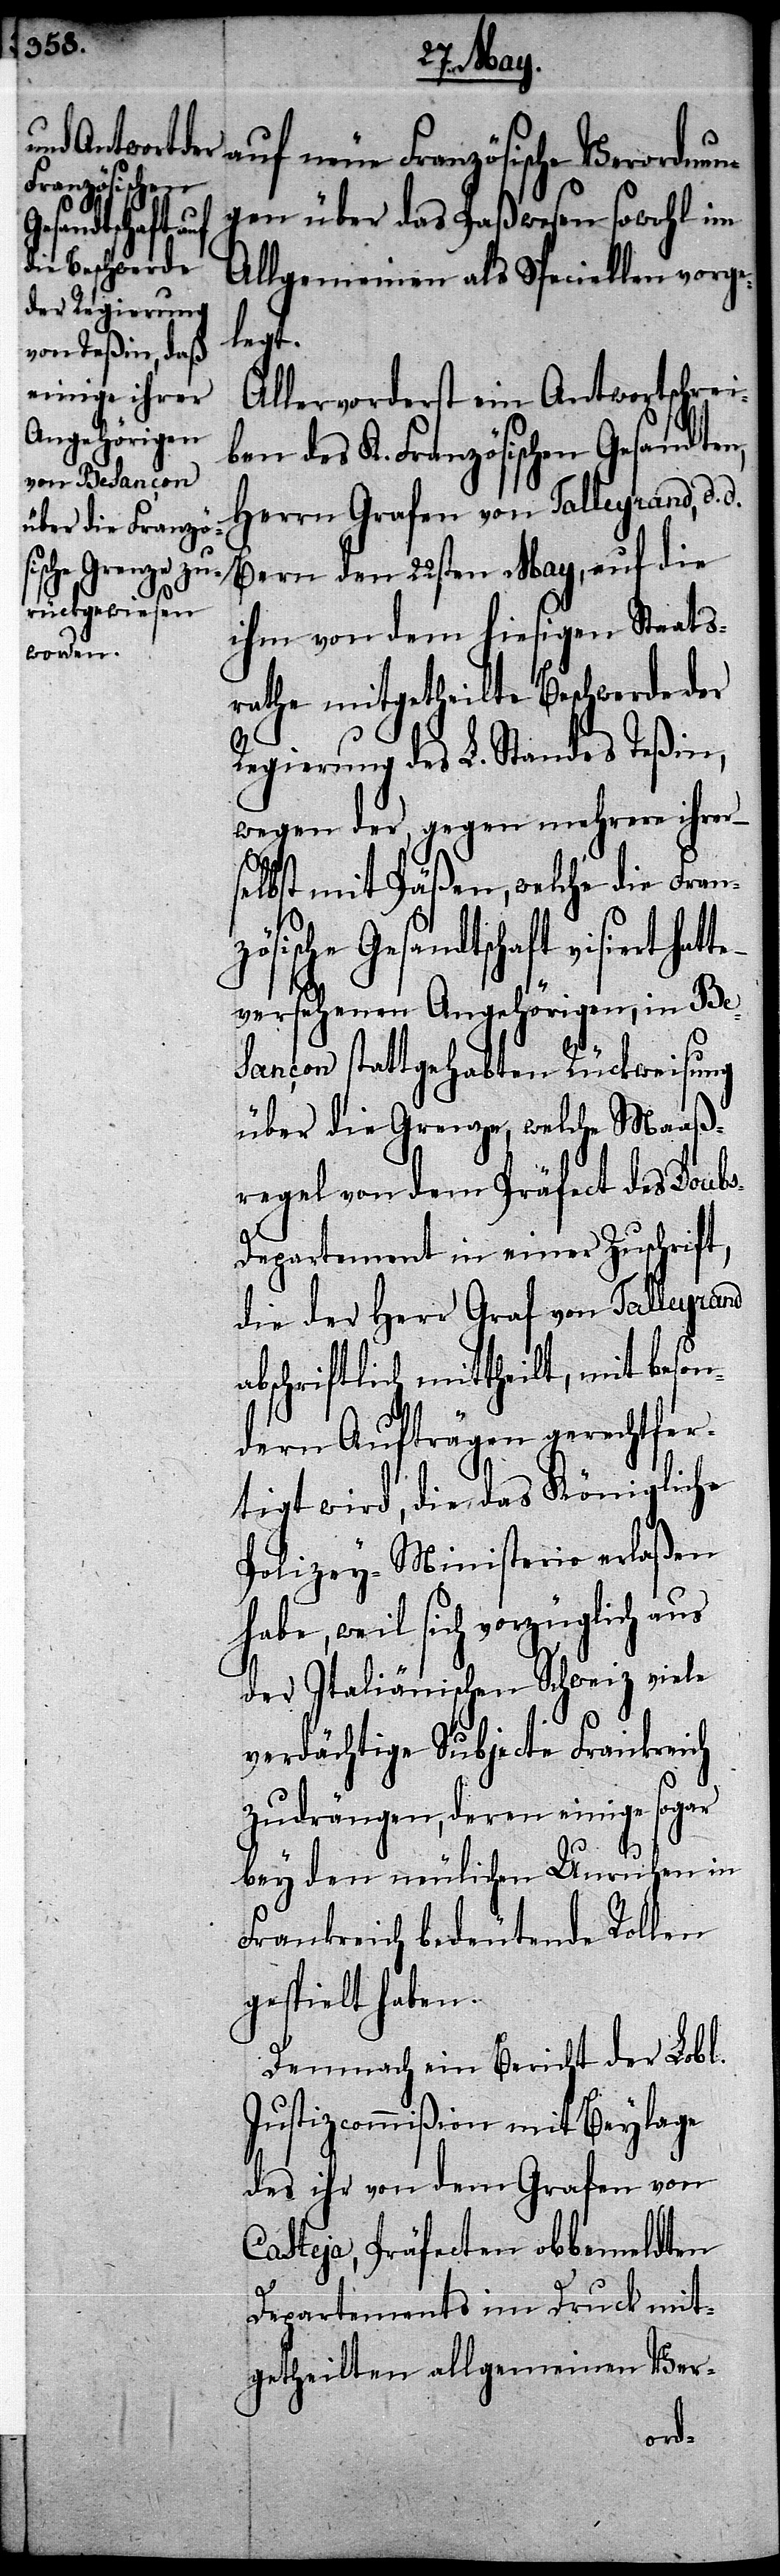
auf neue Französische Verordnun¬
gen über das Paßwesen sowohl im
Allgemeinen als Speciellen vorge¬
legt.
Allervorderst ein Antwortschrei¬
ben des K. Französischen Gesandten,
Herrn Grafen von Talleyrand, d.
Bern den 22sten May, auf die
ihm von dem hiesigen Staats¬
rathe mitgetheilte Beschwerde der
Regierung des L. Standes Teßin,
wegen der, gegen mehrere ihrer
selbst mit Päßen, welche die Fran¬
zösische Gesandtschaft visiert
versehenen Angehörigen, in Be¬
sancon stattgehabten Rückweisung
über die Grenze, welche Maaß¬
regel von dem Präfect des Doub¬
s-Departement in einer Zuschrift,
die der Herr Graf von Talleyrand
abschriftlich mittheilt, mit beson¬
dern Aufträgen gerechtfer¬
tigt wird, die das Königliche
Polizey-Ministerio erlaßen
weil sich vorzüglich aus
der Italiänischen Schweiz viele
verdächtige Subjecte Frankreich
zudrängen, deren einige sogar
bey den neulichen Unruhen in
Frankreich bedeutende Rollen
gespielt haben.
Demnach ein Bericht der Lobl.
Justizcommißion mit Beylage
des ihr von dem Grafen von
Casteja, Präfecten obbemeldten
Departements im Druck mit¬
getheilten allgemeinen Ver-